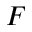
F